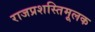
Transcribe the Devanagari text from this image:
राजप्रशस्तिमूलक